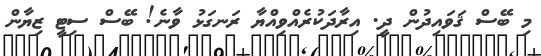
މި ބޭސް ޤަވައިދުން ދީ. އިރާދަކުރެއްވިއްޔާ ރަނގަޅު ވާނެ! ބޭސް ސިޓީ ޒިޔާން